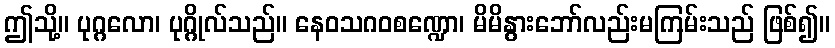
ဤသို့။ ပုဂ္ဂလော၊ ပုဂ္ဂိုလ်သည်။ နေဝသဂဝစဏ္ဍော၊ မိမိနွားဘော်လည်းမကြမ်းသည် ဖြစ်၍။